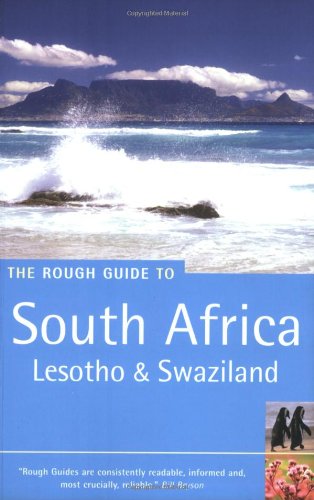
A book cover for The Rough Guide to South Africa, Lesotho & Swaziland 4 (Rough Guide Travel Guides); Tony Pinchuck; Travel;